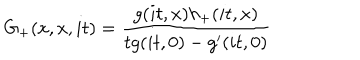
G _ { + } ( x , x , i t ) = \frac { g ( i t , x ) h _ { + } ( i t , x ) } { t g ( i t , 0 ) - g ^ { \prime } ( i t , 0 ) }